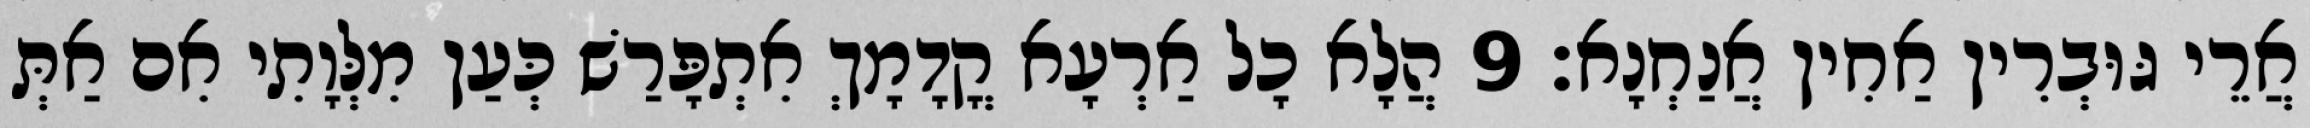
אֲרֵי גּוּבְרִין אַחִין אֲנַחְנָא׃ 9 הֲלָא כָל אַרְעָא קֳדָמָךְ אִתְפָּרַשׁ כְּעַן מִלְּוָתִי אִם אַתְּ